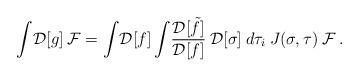
LaTeX: \begin{align*} \int \! {\cal D}[g] \: {\cal F} =\int \! {\cal D}[f] \int \! \frac{{\cal D}[\tilde f]}{{\cal D}[f]} \: {\cal D}[\sigma] \: d\tau_i \: J(\sigma,\tau) \; {\cal F} \, .\end{align*}